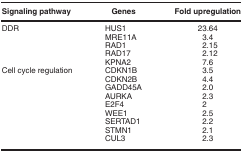
<table><thead><tr><td><b>Signaling pathway</b></td><td><b>Genes</b></td><td><b>Fold upregulation</b></td></tr></thead><tbody><tr><td>DDR</td><td>HUS1</td><td>23.64</td></tr><tr><td> </td><td>MRE11A</td><td>3.4</td></tr><tr><td> </td><td>RAD1</td><td>2.15</td></tr><tr><td> </td><td>RAD17</td><td>2.12</td></tr><tr><td> </td><td>KPNA2</td><td>7.6</td></tr><tr><td>Cell cycle regulation</td><td>CDKN1B</td><td>3.5</td></tr><tr><td> </td><td>CDKN2B</td><td>4.4</td></tr><tr><td> </td><td>GADD45A</td><td>2.0</td></tr><tr><td> </td><td>AURKA</td><td>2.3</td></tr><tr><td> </td><td>E2F4</td><td>2</td></tr><tr><td> </td><td>WEE1</td><td>2.5</td></tr><tr><td> </td><td>SERTAD1</td><td>2.2</td></tr><tr><td> </td><td>STMN1</td><td>2.1</td></tr><tr><td> </td><td>CUL3</td><td>2.3</td></tr></tbody></table>